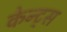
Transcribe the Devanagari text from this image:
केन्ट्स